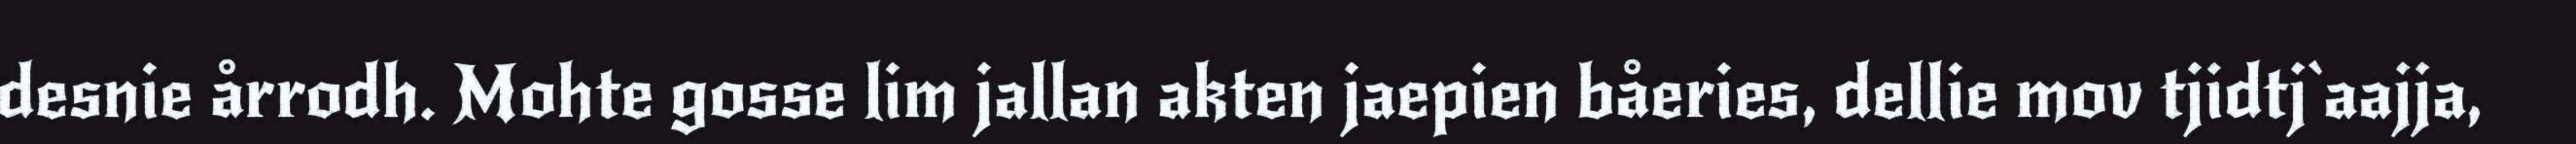
desnie årrodh. Mohte gosse lim jallan akten jaepien båeries, dellie mov tjidtj`aajja,